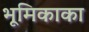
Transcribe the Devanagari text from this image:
भूमिकाका